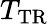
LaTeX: T_{\mathrm{TR}}